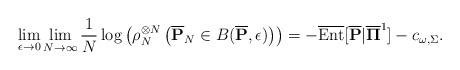
LaTeX: \begin{align*} \lim_{\epsilon \to 0} \lim_{N \to \infty} \frac{1}{N} \log \left( \rho_{N}^{\otimes N} \left( \overline{\mathbf{P}}_{N} \in B( \overline{\mathbf{P}},\epsilon) \right)\right) = -\overline{\rm Ent}[ \overline{\mathbf{P}} | \overline{\mathbf{\Pi}}^{1}]- c_{\omega, \Sigma}.\end{align*}